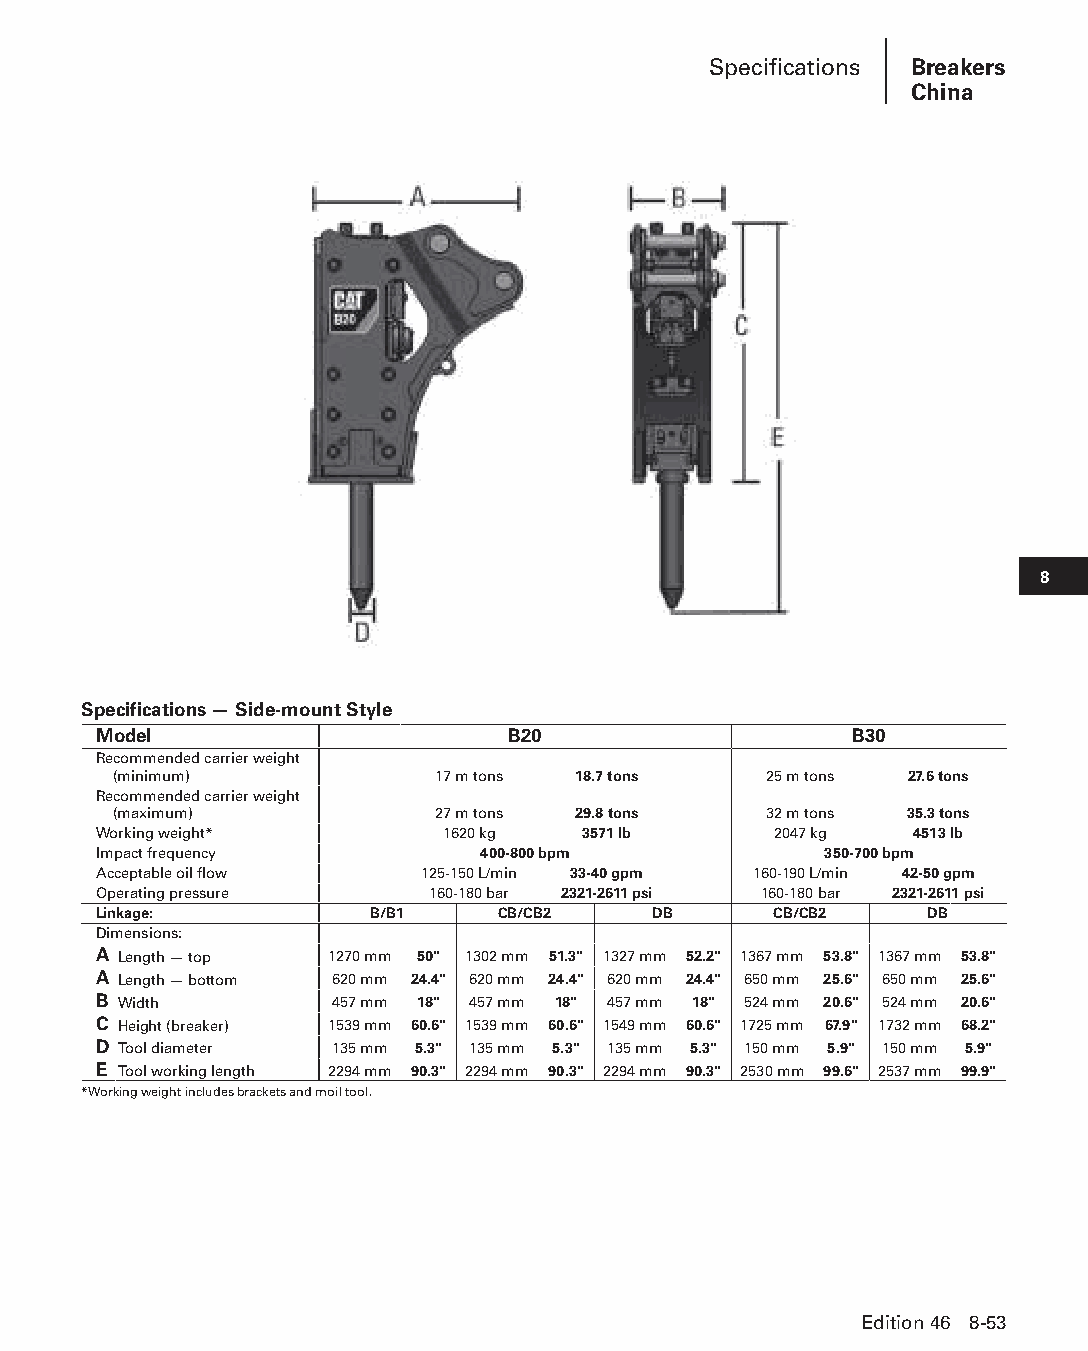
Specifications Breakers
 China
 8
 Specifications — Side-mount Style
 Model                      B20                    B30
 Recommended carrier weight
 (minimum)            17 m tons 18.7 tons   25 m tons 27.6 tons
 Recommended carrier weight
 (maximum)            27 m tons 29.8 tons   32 m tons 35.3 tons
 Working weight*        1620 kg  3571 lb      2047 kg  4513 lb
 Impact frequency         400-800 bpm            350-700 bpm
 Acceptable oil flow  125-150 L/min 33-40 gpm 160-190 L/min 42-50 gpm
 Operating pressure    160-180 bar 2321-2611 psi 160-180 bar 2321-2611 psi
 Linkage:          B/B1    CB/CB2     DB      CB/CB2    DB
 Dimensions:
 A Length — top 1270 mm 50" 1302 mm 51.3" 1327 mm 52.2" 1367 mm 53.8" 1367 mm 53.8"
 A Length — bottom 620 mm 24.4" 620 mm 24.4" 620 mm 24.4" 650 mm 25.6" 650 mm 25.6"
 B Width        457 mm 18" 457 mm 18" 457 mm 18" 524 mm 20.6" 524 mm 20.6"
 C Height (breaker) 1539 mm 60.6" 1539 mm 60.6" 1549 mm 60.6" 1725 mm 67.9" 1732 mm 68.2"
 D Tool diameter 135 mm 5.3" 135 mm 5.3" 135 mm 5.3" 150 mm 5.9" 150 mm 5.9"
 E Tool working length 2294 mm 90.3" 2294 mm 90.3" 2294 mm 90.3" 2530 mm 99.6" 2537 mm 99.9"
 *Working weight includes brackets and moil tool.
 Edition 46 8-53
 PPHHBB--SSeecc0088--1166..iinndddd 5533                        1122//44//1155 1100::4400 AAMM